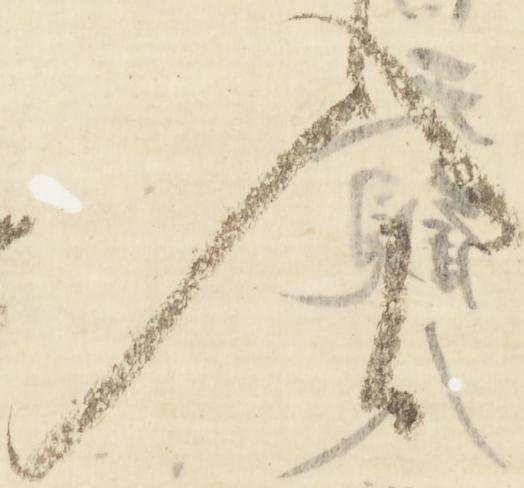
入